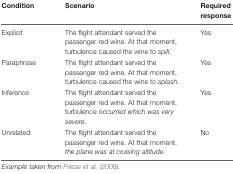
| Condition | Scenario | Required response |
 | --- | --- | --- |
 | Explicit | The flight attendant served the passenger red wine. At that moment, turbulence caused the wine to spill. | Yes |
 | Paraphrase | The flight attendant served the passenger red wine. At that moment, turbulence caused the wine to splash. | Yes |
 | Inference | The flight attendant served the passenger red wine. At that moment, turbulence occurred which was very severe. | Yes |
 | Unrelated | The flight attendant served the passenger red wine. At that moment, the plane was at cruising altitude. | No |